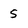
Character: 5